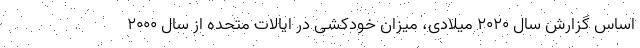
اساس گزارش سال ۲۰۲۰ میلادی، میزان خودکشی در ایالات متحده از سال ۲۰۰۰